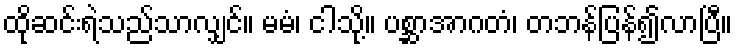
ထိုဆင်းရဲသည်သာလျှင်။ မမံ၊ ငါသို့။ ပစ္ဆာအာဂတံ၊ တဘန်ပြန်၍လာပြီ။